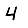
Digit: 4